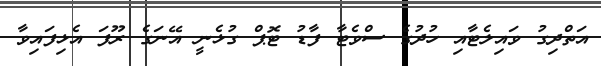
އަތްދިގު ވައިލެޓާއި ހުދުގެ ސްވެޓާ ފާޑު ޓޮޕް ގުޅެނީ އޭނަގެ ރޫފަ އެޅިފައިވާ